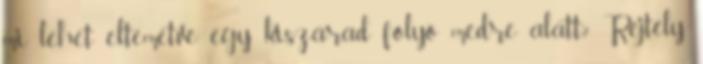
mi lehet eltemetve egy kiszárad folyó medre alatt? Rejtély